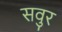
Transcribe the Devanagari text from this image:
सवुर